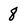
Character: 8